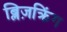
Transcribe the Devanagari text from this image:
ब्लिज़क्रिंग